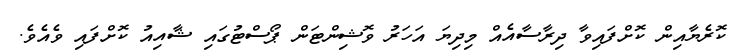
ކޮރެޔާއިން ކޮށްފައިވާ ދިރާސާއެއް މިދިޔަ އަހަރު ވޮޝިންޓަން ޕޯސްޓުގައި ޝާއިއު ކޮށްފައި ވެއެވެ.